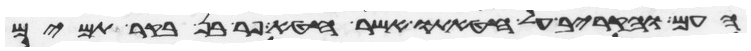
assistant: העם והקריב על חטאתו אשר חטא פר בן בקר תמים